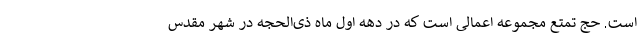
است. حج تمتع مجموعه اعمالی است که در دهه اول ماه ذی‌الحجه در شهر مقدس